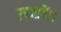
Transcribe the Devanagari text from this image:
उपजावैं।।